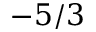
- 5 / 3